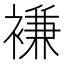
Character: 𮖨